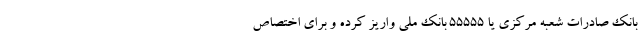
بانک صادرات شعبه مرکزی یا ۵۵۵۵۵ بانک ملی واریز کرده و برای اختصاص